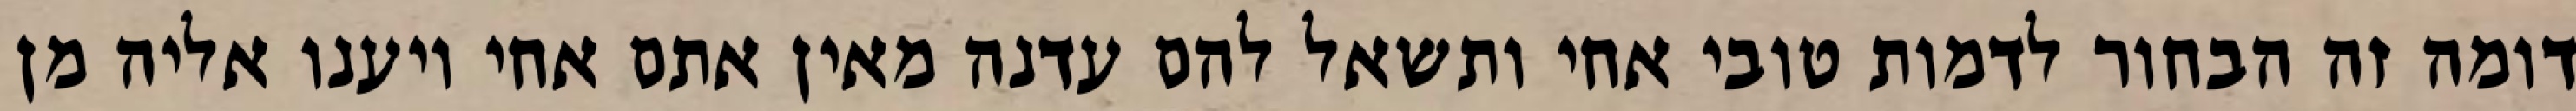
דומה זה הבחור לדמות טובי אחי ותשאל להם עדנה מאין אתם אחי ויענו אליה מן